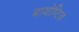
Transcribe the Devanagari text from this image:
बायोप्टिक